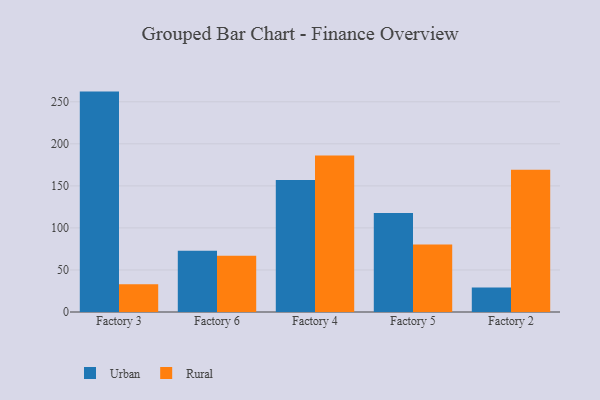
{"axis": {"x": "Factory", "y": "Website Visitors"}, "legend": ["Rural", "Urban"], "data": [{"x": "Factory 3", "y": 262.1, "type": "Urban"}, {"x": "Factory 3", "y": 33.0, "type": "Rural"}, {"x": "Factory 6", "y": 72.8, "type": "Urban"}, {"x": "Factory 6", "y": 66.8, "type": "Rural"}, {"x": "Factory 4", "y": 157.0, "type": "Urban"}, {"x": "Factory 4", "y": 186.2, "type": "Rural"}, {"x": "Factory 5", "y": 117.6, "type": "Urban"}, {"x": "Factory 5", "y": 80.3, "type": "Rural"}, {"x": "Factory 2", "y": 29.0, "type": "Urban"}, {"x": "Factory 2", "y": 169.2, "type": "Rural"}]}